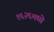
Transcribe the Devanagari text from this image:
१६२६मध्ये